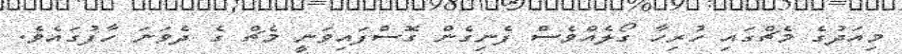
މިއަދުގެ މެޗްގައި ހުރިހާ ގޯލެއްވެސް ފެނިގެން ގޮސްފައިވަނީ މެޗް ގެ ދެވަނަ ހާފުގައެވެ.